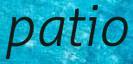
patio